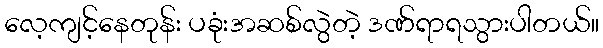
လေ့ကျင့်နေတုန်း ပခုံးအဆစ်လွဲတဲ့ ဒဏ်ရာရသွားပါတယ်။